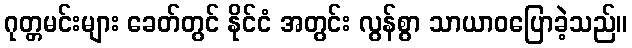
ဂုတ္တမင်းများ ခေတ်တွင် နိုင်ငံ အတွင်း လွန်စွာ သာယာဝပြောခဲ့သည်။